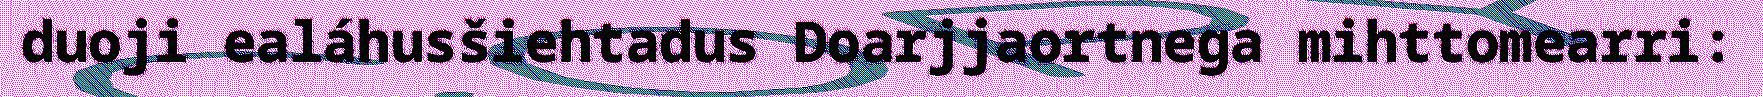
duoji ealáhusšiehtadus Doarjjaortnega mihttomearri: